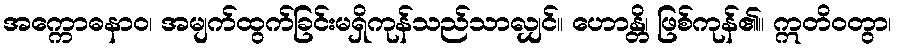
အက္ကောဓနာဝ၊ အမျက်ထွက်ခြင်းမရှိကုန်သည်သာလျှင်။ ဟောန္တိ၊ ဖြစ်ကုန်၏။ ဣတိဝတွာ၊